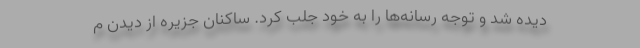
دیده شد و توجه رسانه‌ها را به خود جلب کرد. ساکنان جزیره از دیدن م